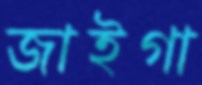
জাইগা